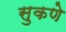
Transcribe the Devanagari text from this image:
सुकणे